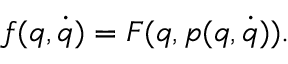
f ( q , \dot { q } ) = F ( q , p ( q , \dot { q } ) ) .